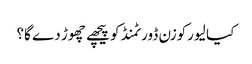
کیا لیورکوزن ڈورٹمنڈ کو پیچھے چھوڑ دے گا؟